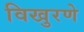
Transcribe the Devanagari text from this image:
विखुरणे